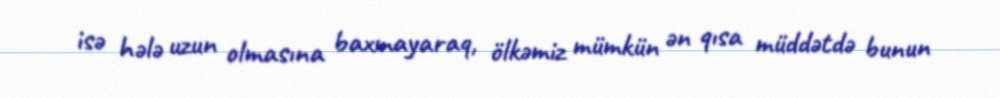
isə hələ uzun olmasına baxmayaraq, ölkəmiz mümkün ən qısa müddətdə bunun